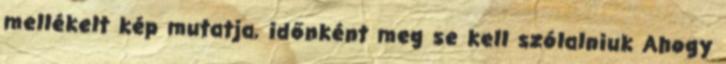
mellékelt kép mutatja, időnként meg se kell szólalniuk Ahogy